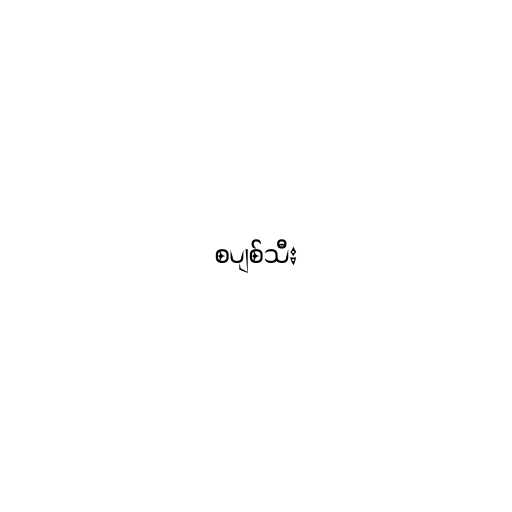
စပျစ်သီး